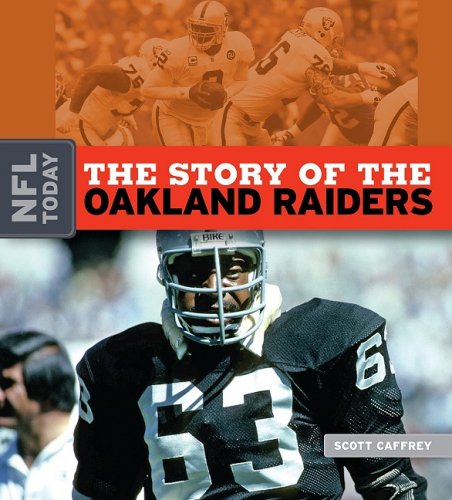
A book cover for The Story of the Oakland Raiders (NFL Today); Scott Caffrey; Teen & Young Adult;